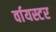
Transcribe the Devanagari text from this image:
र्वायस्टर